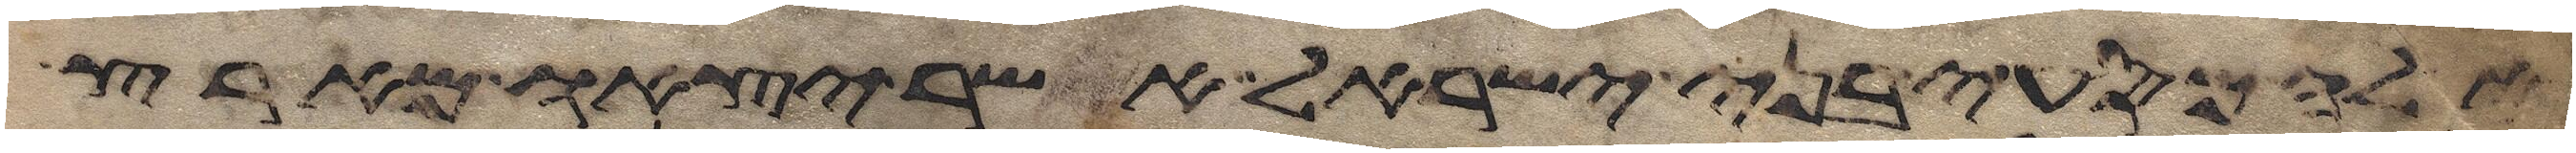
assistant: אלה מסעי בני ישראל אשר יצאו מארץ